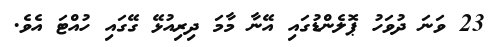
23 ވަނަ ދުވަހު ޕޮލެންޑުގައި އޭނާ މާމަ ދިރިއުޅޭ ގޭގައި ހުއްޓަ އެވެ.